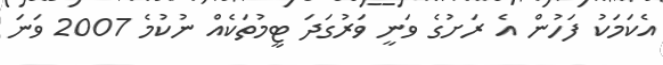
އެކަމަކު ފަހުން އެ ރަށުގެ ވަނީ ވަރުގަދަ ޓީމުތަކެއް ނުކުމެ 2007 ވަނަ